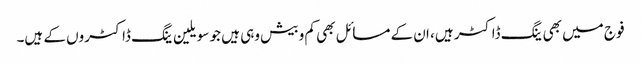
فوج میں بھی ینگ ڈاکٹر ہیں، ان کے مسائل بھی کم و بیش وہی ہیں جو سویلین ینگ ڈاکٹروں کے ہیں۔